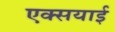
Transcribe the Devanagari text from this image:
एक्सयाई